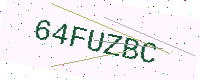
Text: 64FUZBC